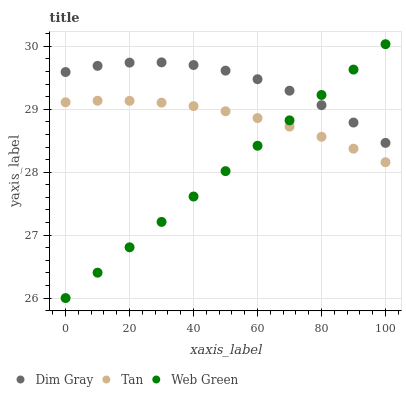
| xaxis_label | Dim Gray | Tan | Web Green |
 | --- | --- | --- | --- |
 | 0 | 29.6 | 29.1 | 26 |
 | 10 | 29.7 | 29.1 | 26.4 |
 | 20 | 29.7 | 29.1 | 26.8 |
 | 30 | 29.7 | 29.1 | 27.2 |
 | 40 | 29.7 | 29 | 27.6 |
 | 50 | 29.6 | 29 | 28 |
 | 60 | 29.5 | 28.9 | 28.4 |
 | 70 | 29.3 | 28.7 | 28.8 |
 | 80 | 29.1 | 28.6 | 29.2 |
 | 90 | 28.8 | 28.4 | 29.6 |
 | 100 | 28.5 | 28.2 | 30 |